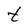
Character: t